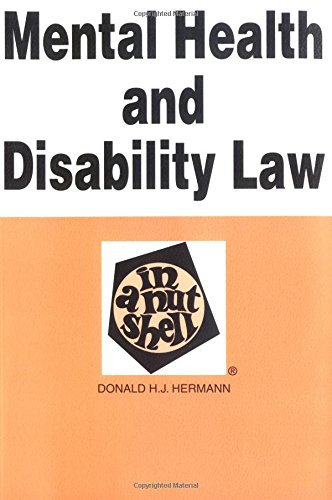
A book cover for Mental Health and Disability Law in a Nutshell; Donald Hermann; Law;